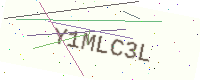
Text: Y1MLC3L